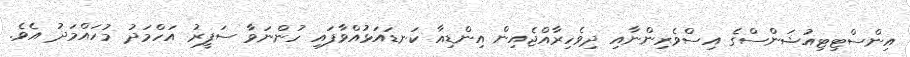
އިންސްޓިޓިއުޝަންސްގެ އިސްވެރިންނާއި ދިވެހިރާއްޖެއިން އިންޑިއާ ކަނޑައަޅުއްވާފައި ހުންނަވާ ސަފީރު އަހްމަދު މުހައްމަދު އެވެ.